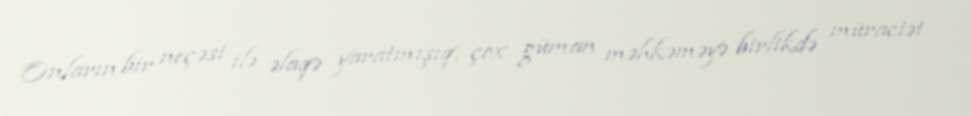
Onların bir neçəsi ilə əlaqə yaratmışıq, çox güman məhkəməyə birlikdə müraciət